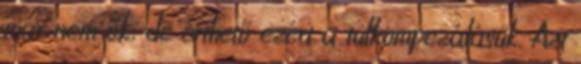
már nem ők, de érthető ezért a túlkompezálásuk. Azt